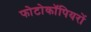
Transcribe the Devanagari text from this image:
फोटोकॉपियरों